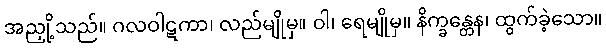
အညှို့သည်။ ဂလဝါဋကာ၊ လည်မျိုမှ။ ဝါ၊ ရေမျိုမှ။ နိက္ခန္တေန၊ ထွက်ခဲ့သော။